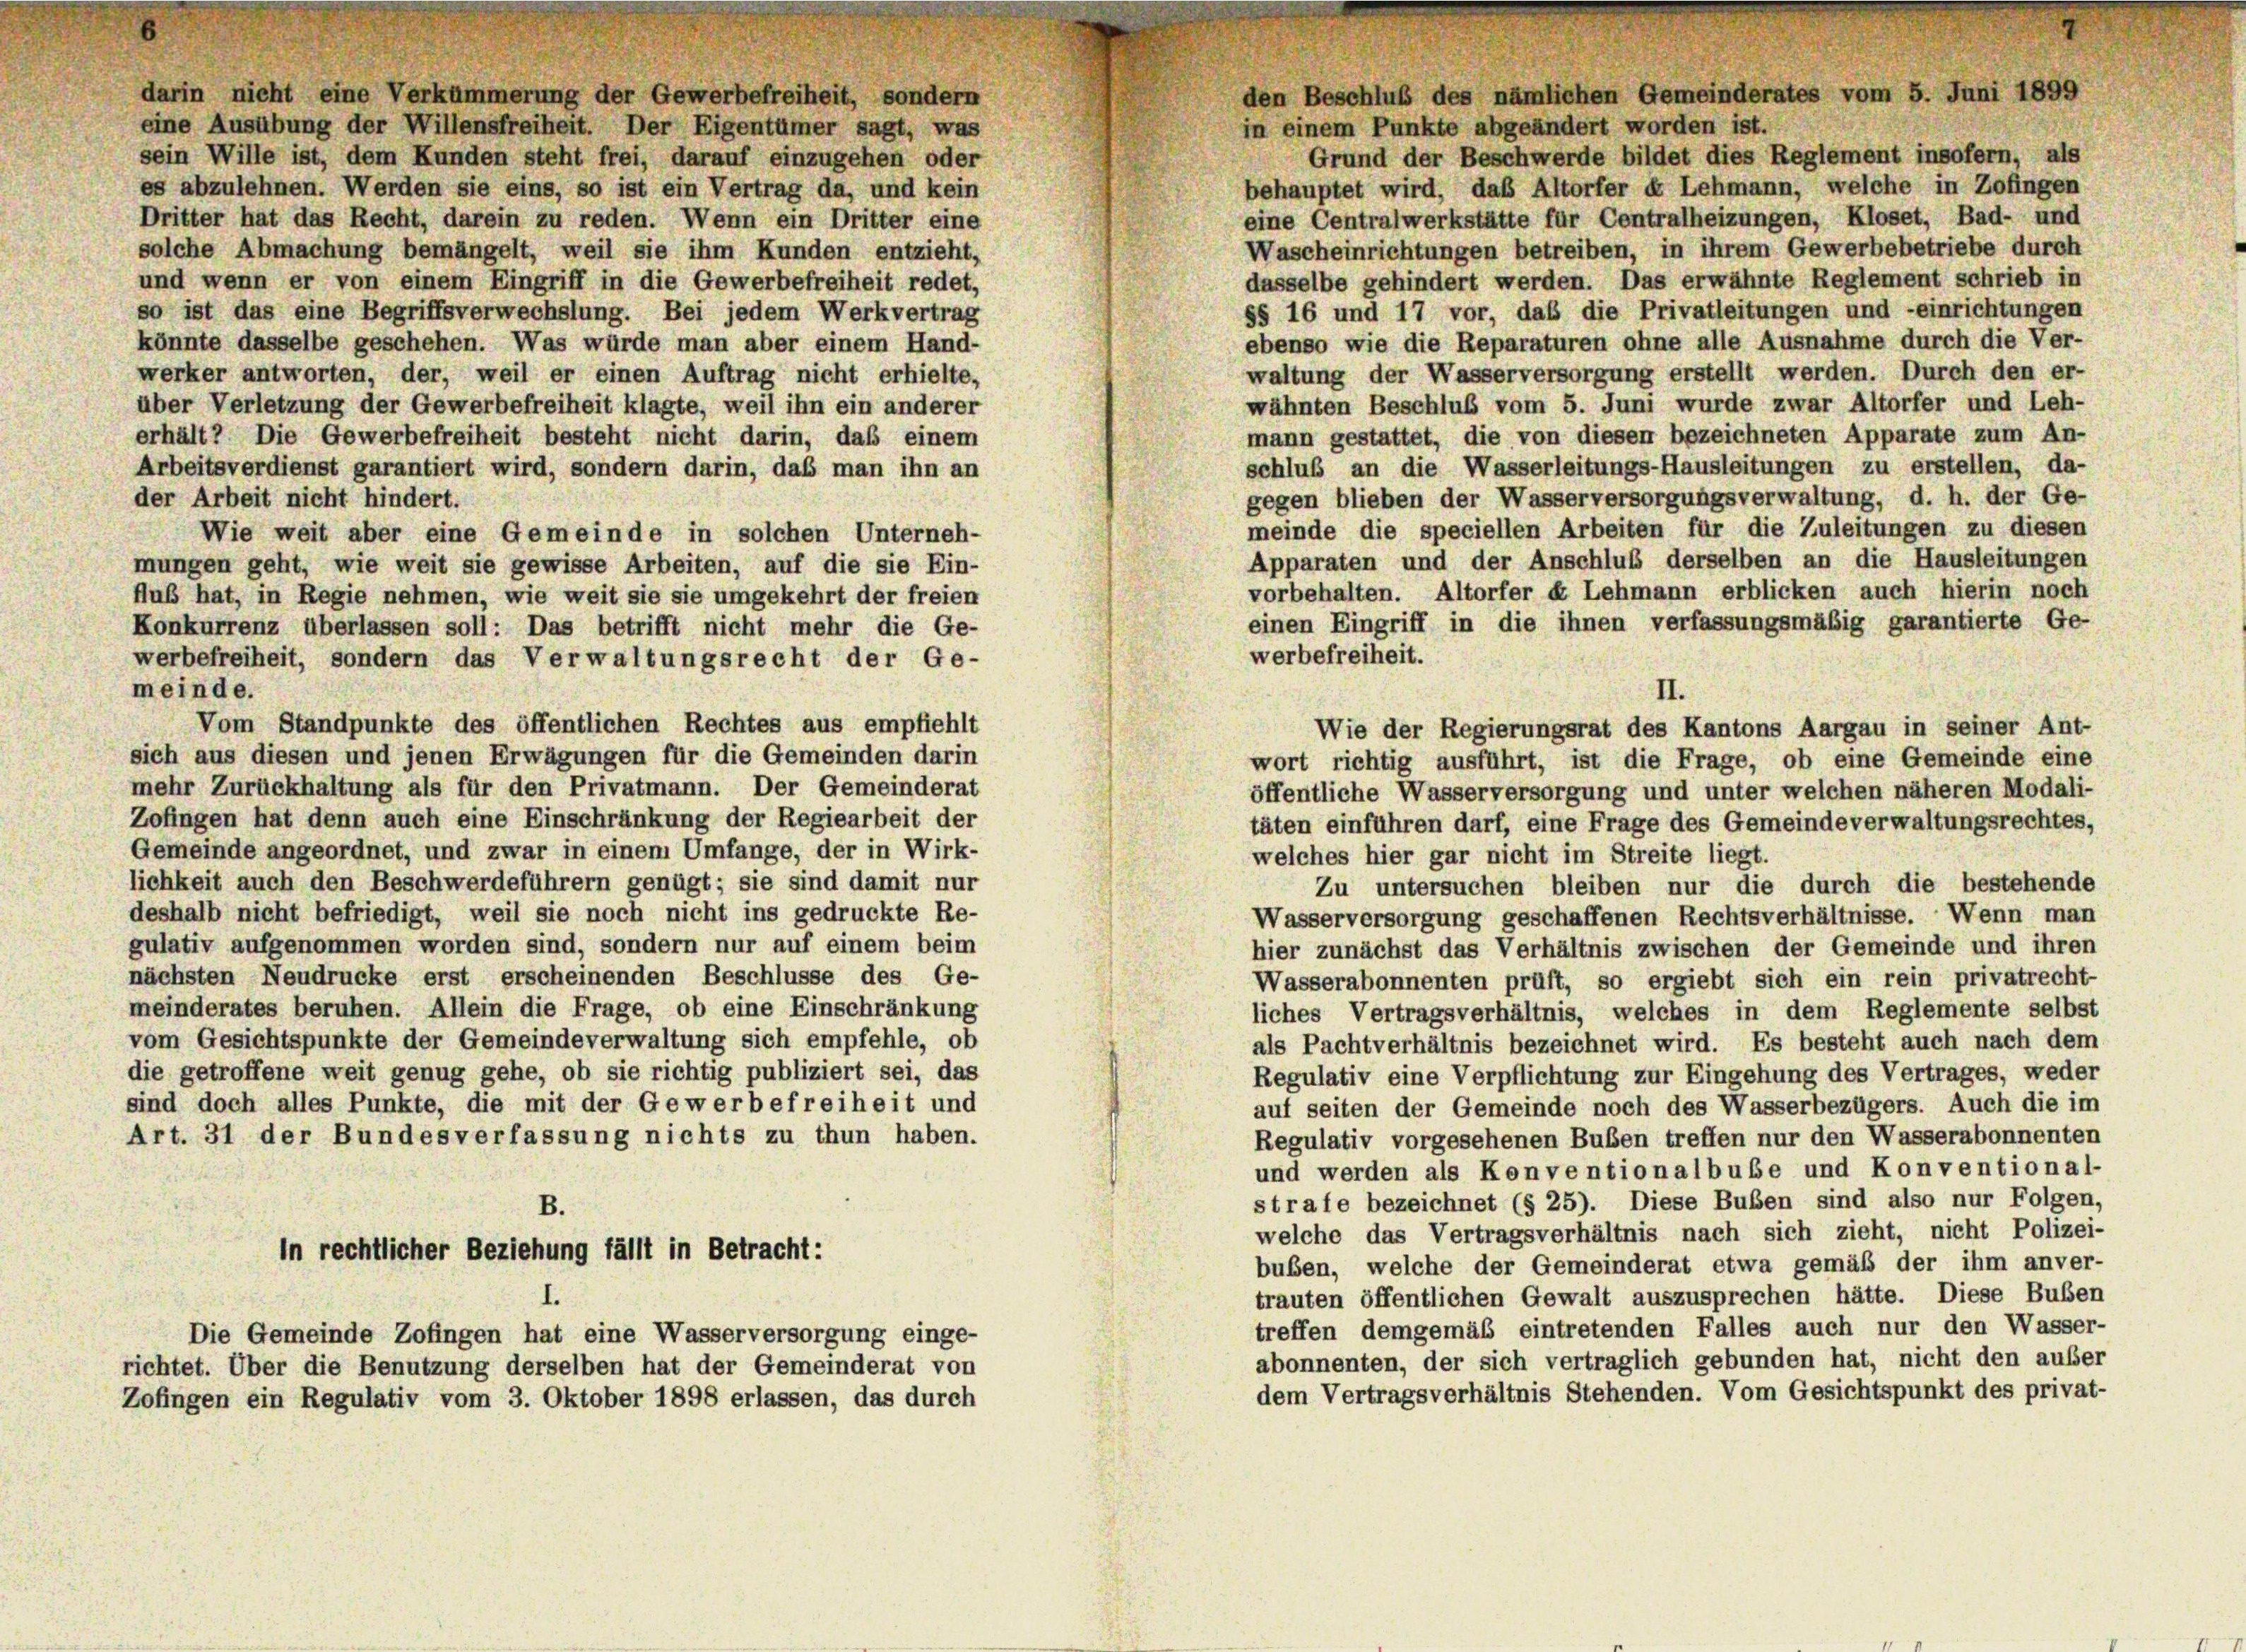
darin nicht eine Verkümmerung der Gewerbefreiheit, sondern
eine Ausübung der Willensfreiheit. Der Eigentümer sagt, was
in einem Punkte abgeändert worden ist.
sein Wille ist, dem Kunden steht frei, darauf einzugehen oder
behauptet wird, daß Altorfer « Lehmann, welche in Zofingen
es abzulehnen. Werden sie eins, so ist ein Vertrag da, und kein
eine Centralwerkstätte für Centralheizungen, Kloset, Bad- und
Dritter hat das Recht, darein zu reden. Wenn ein Dritter eine
Wascheinrichtungen betreiben, in ihrem Gewerbebetriebe durch
solche Abmachung bemängelt, weil sie ihm Kunden entzieht,
und wenn er von einem Eingriff in die Gewerbefreiheit redet,
dasselbe gehindert werden. Das erwähnte Reglement schrieb in
§§ 16 und 17 vor, daß die Privatleitungen und -einrichtungen
so ist das eine Begriffsverwechslung. Bei jedem Werkvertrag
ebenso wie die Reparaturen ohne alle Ausnahme durch die Ver-
könnte dasselbe geschehen. Was würde man aber einem Hand-
waltung der Wasserversorgung erstellt werden. Durch den er-
werker antworten, der, weil er einen Auftrag nicht erhielte,
wähnten Beschluß vom 5. Juni wurde zwar Altorfer und Leh-
über Verletzung der Gewerbefreiheit klagte, weil ihn ein anderer
mann gestattet, die von diesen bezeichneten Apparate zum An-
erhält? Die Gewerbefreiheit besteht nicht darin, das einem
schluß an die Wasserleitungs-Hausleitungen zu erstellen, da-
Arbeitsverdienst garantiert wird, sondern darin, daß man ihn an
gegen blieben der Wasserversorgungsverwaltung, d. h. der Ge-
der Arbeit nicht hindert.
meinde die speciellen Arbeiten für die Zuleitungen zu diesen
Wie weit aber eine Gemeinde in solchen Unterneh-
Apparaten und der Anschluß derselben an die Hausleitungen
mungen geht, wie weit sie gewisse Arbeiten, auf die sie Ein-
vorbehalten. Altorfer et Lehmann erblicken auch hierin noch
flub hat, in Regie nehmen, wie weit sie sie umgekehrt der freien
einen Eingriff in die ihnen verfassungsmäßig garantierte Ge-
Konkurrenz überlassen soll: Das betrifft nicht mehr die Ge-
werbefreiheit.
werbefreiheit, sondern das Verwaltungsrecht der Ge-
meinde.
II.
Vom Standpunkte des öffentlichen Rechtes aus empfiehlt
Wie der Regierungsrat des Kantons Aargau in seiner Ant-
sich aus diesen und jenen Erwägungen für die Gemeinden darin
wort richtig ausführt, ist die Frage, ob eine Gemeinde eine
mehr Zurückhaltung als für den Privatmann. Der Gemeinderat
öffentliche Wasserversorgung und unter welchen näheren Modali-
Zofingen hat denn auch eine Einschränkung der Regiearbeit der
täten einführen darf, eine Frage des Gemeindeverwaltungsrechtes,
Gemeinde angeordnet, und zwar in einem Umfange, der in Wirk-
welches hier gar nicht im Streite liegt.
lichkeit auch den Beschwerdeführern genügt; sie sind damit nur
Zu untersuchen bleiben nur die durch die bestehende
deshalb nicht befriedigt, weil sie noch nicht ins gedruckte Re-
Wasserversorgung geschaffenen Rechtsverhältnisse. Wenn man
gulativ aufgenommen worden sind, sondern nur auf einem beim
hier zunächst das Verhältnis zwischen der Gemeinde und ihren
nächsten Neudrucke erst erscheinenden Beschlüsse des Ge-
Wasserabonnenten prüft, so ergiebt sich ein rein privatrecht-
meinderates beruhen. Allein die Frage, ob eine Einschränkung
liches Vertragsverhältnis, welches in dem Reglemente selbst
vom Gesichtspunkte der Gemeindeverwaltung sich empfehle, ob
als Pachtverhältnis bezeichnet wird. Es besteht auch nach dem
die getroffene weit genug gehe, ob sie richtig publiziert sei, das
Regulativ eine Verpflichtung zur Eingehung des Vertrages, weder
sind doch alles Punkte, die mit der Gewerbefreiheit und
auf seiten der Gemeinde noch des Wasserbezügers. Auch die im
Art. 31 der Bundesverfassung nichts zu thun haben.
Regulativ vorgesehenen Buben treffen nur den Wasserabonnenten
und werden als Konventionalbube und Konventional-
strafe bezeichnet (§ 25). Diese Buben sind also nur Folgen,
B.
welche das Vertragsverhältnis nach sich zieht, nicht Polizei-
in rechtlicher Beziehung fällt in Betracht:
buben, welche der Gemeinderat etwa gemäß der ihm anver-
trauten öffentlichen Gewalt auszusprechen hätte. Diese Buber
treffen demgemäß eintretenden Falles auch nur den Wasser-
Die Gemeinde Zofingen hat eine Wasserversorgung einge-
abonnenten, der sich vertraglich gebunden hat, nicht den außer
richtet. Über die Benutzung derselben hat der Gemeinderat von
dem Vertragsverhältnis Stehenden. Vom Gesichtspunkt des privat-
Zofingen ein Regulativ vom 3. Oktober 1898 erlassen, das durch

den Beschluß des nämlichen Gemeinderates vom 5. Juni 1899

Grund der Beschwerde bildet dies Reglement insofern, als